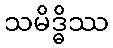
သမိဒ္ဓိဿ